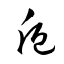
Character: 卮